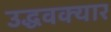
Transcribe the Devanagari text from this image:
उद्धवक्यार